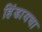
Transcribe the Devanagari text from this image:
हिंडायचा